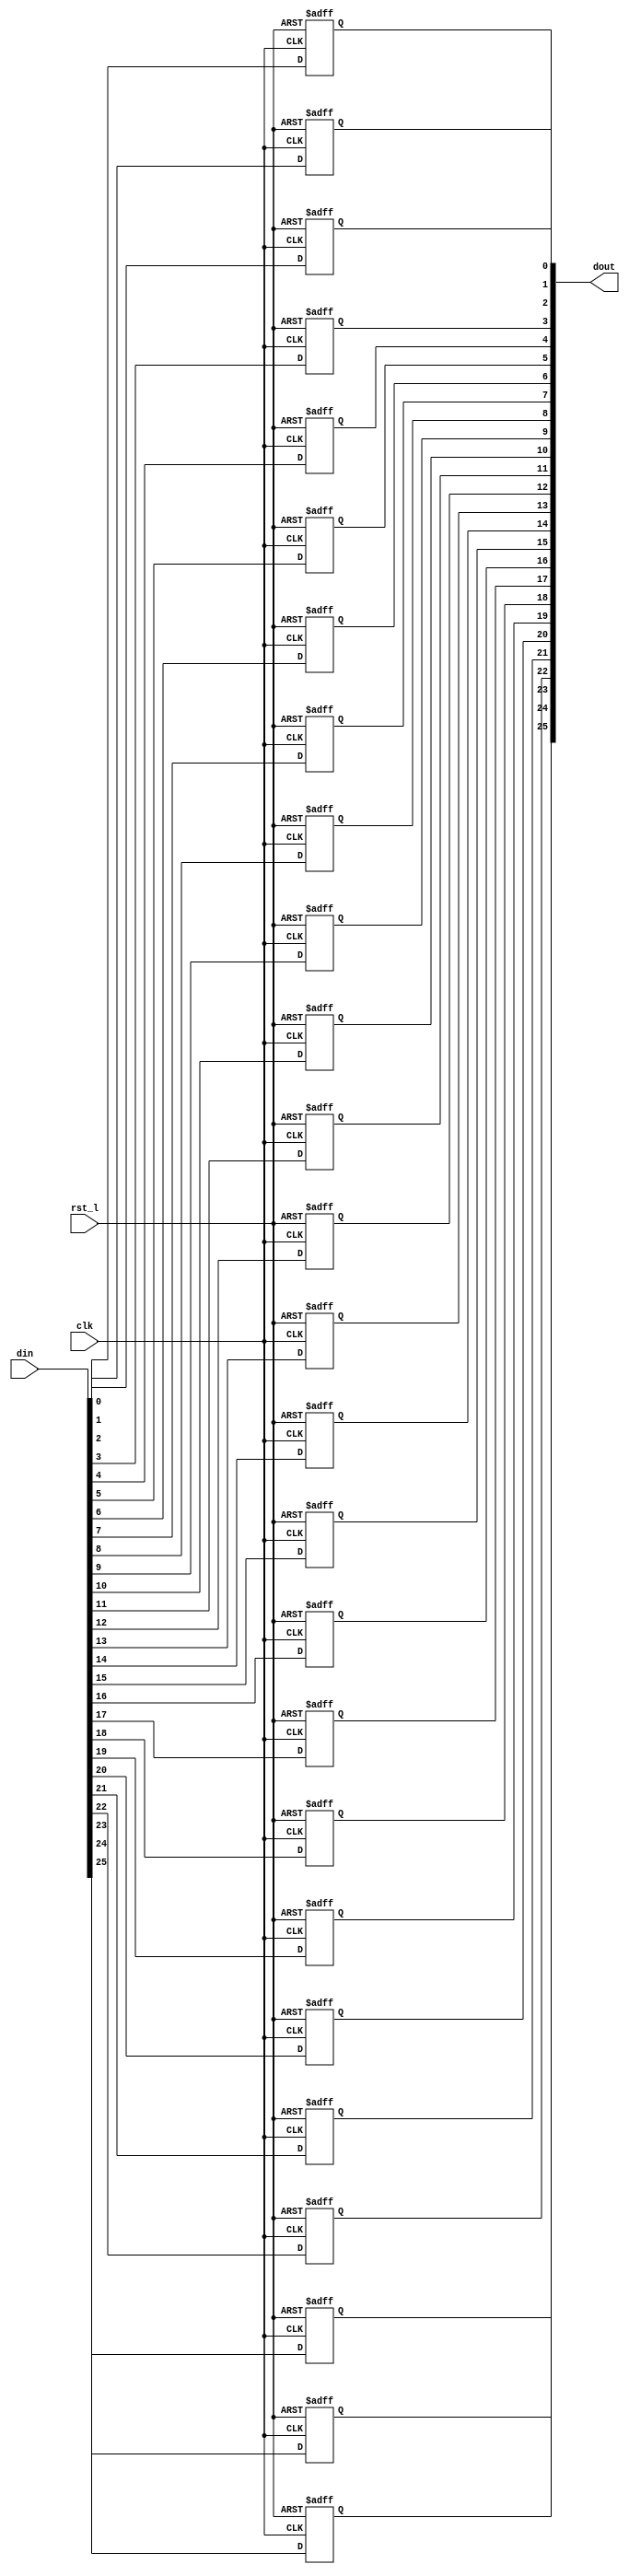
// This program was cloned from: https://github.com/NYU-MLDA/OpenABC
// License: BSD 3-Clause "New" or "Revised" License

module rvdff_WIDTH26
(
  din,
  clk,
  rst_l,
  dout
);

  input [25:0] din;
  output [25:0] dout;
  input clk;
  input rst_l;
  wire N0;
  reg [25:0] dout;

  always @(posedge clk or posedge N0) begin
    if(N0) begin
      dout[25] <= 1'b0;
    end else if(1'b1) begin
      dout[25] <= din[25];
    end
  end


  always @(posedge clk or posedge N0) begin
    if(N0) begin
      dout[24] <= 1'b0;
    end else if(1'b1) begin
      dout[24] <= din[24];
    end
  end


  always @(posedge clk or posedge N0) begin
    if(N0) begin
      dout[23] <= 1'b0;
    end else if(1'b1) begin
      dout[23] <= din[23];
    end
  end


  always @(posedge clk or posedge N0) begin
    if(N0) begin
      dout[22] <= 1'b0;
    end else if(1'b1) begin
      dout[22] <= din[22];
    end
  end


  always @(posedge clk or posedge N0) begin
    if(N0) begin
      dout[21] <= 1'b0;
    end else if(1'b1) begin
      dout[21] <= din[21];
    end
  end


  always @(posedge clk or posedge N0) begin
    if(N0) begin
      dout[20] <= 1'b0;
    end else if(1'b1) begin
      dout[20] <= din[20];
    end
  end


  always @(posedge clk or posedge N0) begin
    if(N0) begin
      dout[19] <= 1'b0;
    end else if(1'b1) begin
      dout[19] <= din[19];
    end
  end


  always @(posedge clk or posedge N0) begin
    if(N0) begin
      dout[18] <= 1'b0;
    end else if(1'b1) begin
      dout[18] <= din[18];
    end
  end


  always @(posedge clk or posedge N0) begin
    if(N0) begin
      dout[17] <= 1'b0;
    end else if(1'b1) begin
      dout[17] <= din[17];
    end
  end


  always @(posedge clk or posedge N0) begin
    if(N0) begin
      dout[16] <= 1'b0;
    end else if(1'b1) begin
      dout[16] <= din[16];
    end
  end


  always @(posedge clk or posedge N0) begin
    if(N0) begin
      dout[15] <= 1'b0;
    end else if(1'b1) begin
      dout[15] <= din[15];
    end
  end


  always @(posedge clk or posedge N0) begin
    if(N0) begin
      dout[14] <= 1'b0;
    end else if(1'b1) begin
      dout[14] <= din[14];
    end
  end


  always @(posedge clk or posedge N0) begin
    if(N0) begin
      dout[13] <= 1'b0;
    end else if(1'b1) begin
      dout[13] <= din[13];
    end
  end


  always @(posedge clk or posedge N0) begin
    if(N0) begin
      dout[12] <= 1'b0;
    end else if(1'b1) begin
      dout[12] <= din[12];
    end
  end


  always @(posedge clk or posedge N0) begin
    if(N0) begin
      dout[11] <= 1'b0;
    end else if(1'b1) begin
      dout[11] <= din[11];
    end
  end


  always @(posedge clk or posedge N0) begin
    if(N0) begin
      dout[10] <= 1'b0;
    end else if(1'b1) begin
      dout[10] <= din[10];
    end
  end


  always @(posedge clk or posedge N0) begin
    if(N0) begin
      dout[9] <= 1'b0;
    end else if(1'b1) begin
      dout[9] <= din[9];
    end
  end


  always @(posedge clk or posedge N0) begin
    if(N0) begin
      dout[8] <= 1'b0;
    end else if(1'b1) begin
      dout[8] <= din[8];
    end
  end


  always @(posedge clk or posedge N0) begin
    if(N0) begin
      dout[7] <= 1'b0;
    end else if(1'b1) begin
      dout[7] <= din[7];
    end
  end


  always @(posedge clk or posedge N0) begin
    if(N0) begin
      dout[6] <= 1'b0;
    end else if(1'b1) begin
      dout[6] <= din[6];
    end
  end


  always @(posedge clk or posedge N0) begin
    if(N0) begin
      dout[5] <= 1'b0;
    end else if(1'b1) begin
      dout[5] <= din[5];
    end
  end


  always @(posedge clk or posedge N0) begin
    if(N0) begin
      dout[4] <= 1'b0;
    end else if(1'b1) begin
      dout[4] <= din[4];
    end
  end


  always @(posedge clk or posedge N0) begin
    if(N0) begin
      dout[3] <= 1'b0;
    end else if(1'b1) begin
      dout[3] <= din[3];
    end
  end


  always @(posedge clk or posedge N0) begin
    if(N0) begin
      dout[2] <= 1'b0;
    end else if(1'b1) begin
      dout[2] <= din[2];
    end
  end


  always @(posedge clk or posedge N0) begin
    if(N0) begin
      dout[1] <= 1'b0;
    end else if(1'b1) begin
      dout[1] <= din[1];
    end
  end


  always @(posedge clk or posedge N0) begin
    if(N0) begin
      dout[0] <= 1'b0;
    end else if(1'b1) begin
      dout[0] <= din[0];
    end
  end

  assign N0 = ~rst_l;

endmodule